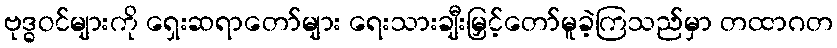
ဗုဒ္ဓဝင်များကို ရှေးဆရာတော်များ ရေးသားချီးမြှင့်တော်မူခဲ့ကြသည်မှာ တထာဂတ